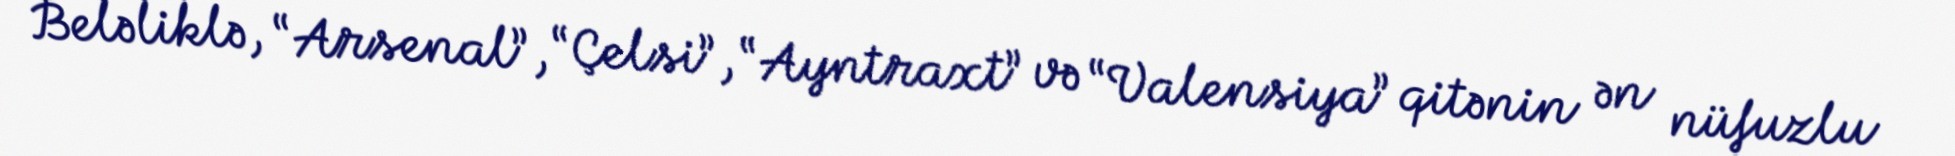
Beləliklə, “Arsenal”, “Çelsi”, “Ayntraxt” və “Valensiya” qitənin ən nüfuzlu